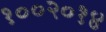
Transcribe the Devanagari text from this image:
१००२०१४